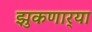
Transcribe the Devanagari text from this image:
झुकणार्‍या